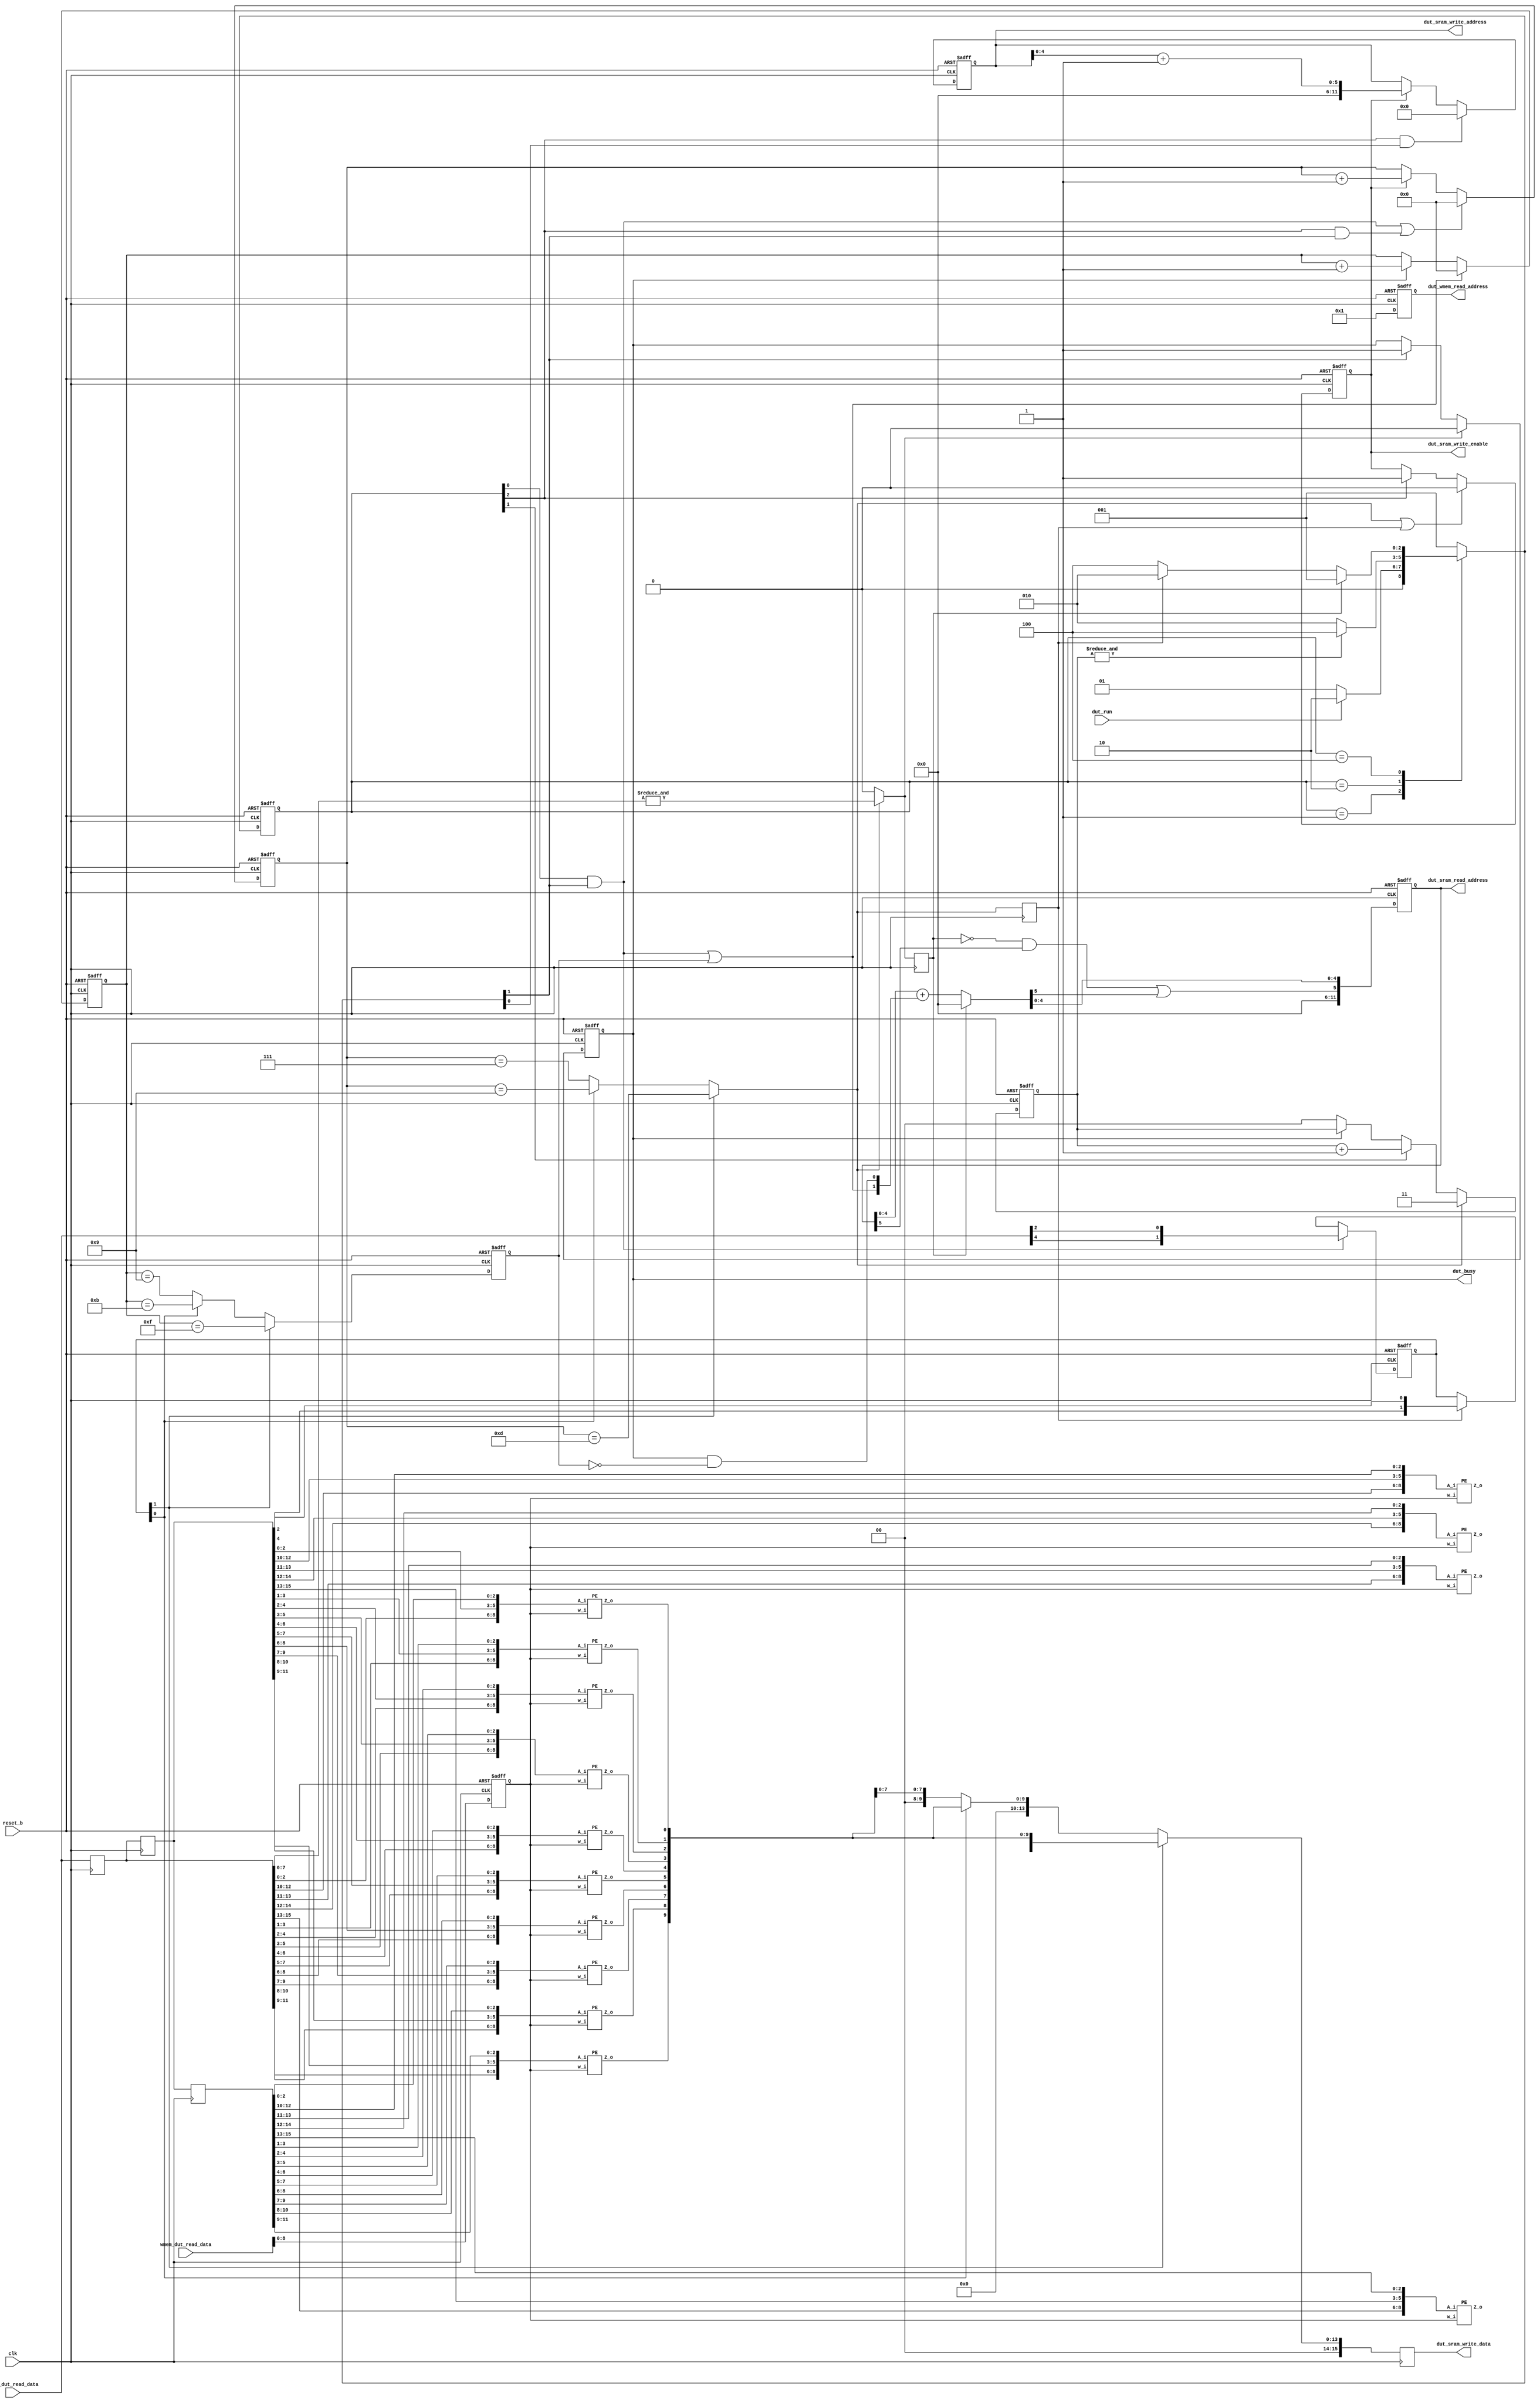

module MyDesign (
//---------------------------------------------------------------------------
//Control signals
          dut_run             ,
          dut_busy            ,
          reset_b             ,
          clk                 ,

//---------------------------------------------------------------------------
//input and output SRAM interface
          dut_sram_write_address  ,
          dut_sram_write_data     ,
          dut_sram_write_enable   ,
          dut_sram_read_address   ,
          sram_dut_read_data      ,
//---------------------------------------------------------------------------
//weights SRAM interface
          dut_wmem_read_address    ,
          wmem_dut_read_data
);

//---------------------------------------------------------------------------
//Control signals
input                 dut_run;
output  reg              dut_busy;
input                 reset_b;
input                 clk;

//---------------------------------------------------------------------------
//input and output SRAM interface
output   reg [11:0]       dut_sram_write_address;
output   reg [15:0]       dut_sram_write_data;
output   reg             dut_sram_write_enable;
output   reg [11:0]       dut_sram_read_address;
input    [15:0]       sram_dut_read_data;
//---------------------------------------------------------------------------
//weights SRAM interface
output   reg [11:0]       dut_wmem_read_address;
input    [15:0]       wmem_dut_read_data;

localparam  KERNEL_SIZE = 3;

localparam    S_IDLE = 3'b001;
localparam    S_FILL = 3'b010;
localparam    S_OUT = 3'b100;

reg [2:0] state_n;
reg [2:0] state_c;

reg [15:0] row0;
reg [15:0] row1;
reg [15:0] row2;
reg [9-1:0] weight;
reg [1:0] cnt_fill;
reg [1:0] dim; // 16: 10000,12: 01100, 10: 01010, compare index 4 and index 2
                //      10        01        00
reg [4:0] cnt_r;
reg [4:0] cnt_w;
reg flag_w;
wire flag_w_n ;
reg flag_last;
wire flag_last_n;
reg flag_r;
wire flag_r_n;
wire [1:0] read_offset;
wire [14-1:0] wdata;
wire [16-1:0] dut_sram_write_data_n;
wire [6-1:0] dut_sram_read_address_n;
wire [6-1:0] dut_sram_write_address_n;

always@(posedge clk or negedge reset_b)begin
    if(!reset_b)
        state_c<= 0;
    else
        state_c <= state_n;
end

always@(*) begin
    case(state_c)
        S_IDLE: if( dut_run ) state_n <= S_FILL;
                else state_n <= S_IDLE;
        S_FILL: if( &cnt_fill ) state_n <= S_OUT; //if(cnt_fill==2'd3)
                else state_n <= S_FILL;
        S_OUT:  if( flag_last ) state_n <= S_IDLE;
                else if( flag_w ) state_n <= S_FILL;
                else    state_n <= S_OUT;
        default: state_n <= S_IDLE;
    endcase
end
assign flag_last_n = ( flag_w_n )? (&row2[7:0]) : 1'b0; // row2 == 16'hff
always @ (posedge clk) begin
        flag_last <= flag_last_n;
end
always @ (posedge clk or negedge reset_b) begin
    if(!reset_b)
        cnt_fill <=0;
    else if( flag_w_n )
        cnt_fill <= 2'd3;
    else if(  state_c[1] )
        cnt_fill <= cnt_fill + 1;
    else if(!dut_busy)
        cnt_fill <= 0;
end
//==========================================================
// read weight
always @ (posedge clk or negedge reset_b) begin
    if(!reset_b)
        dut_wmem_read_address <= 12'd1;
    else
        dut_wmem_read_address <= 12'd1;
end
// weight == wmem_dut_read_data
always @ (posedge clk or negedge reset_b) begin
    if(!reset_b)
        weight <= 0;
    else
        weight <= wmem_dut_read_data[8:0];
end

//==========================================================
// read input

assign flag_r_n  = (dim[1])? (cnt_r==5'd15) // cnt_r == 15, max = 16
              : (dim[0])? (cnt_r==5'd11)   // cnt_r==11, max = 12 1011 1100
              :           (cnt_r==5'd09);  // cnt_r==9, max = 10
//assign flag_r_n  = (dim[1])? (cnt_r==5'd15)
//              : (dim[0])? (cnt_r==5'd11)
//              :           (cnt_r==5'd09);

always @ (posedge clk or negedge reset_b) begin
     if(!reset_b)
        flag_r <=0;
    else
        flag_r <= flag_r_n  ;
end
/*
always @ (posedge clk ) begin
    if(&cnt_fill) cnt_r <= (dim[1])? 4'd11 : (dim[0])? 4'd7 : 4'd5;
    else if(dut_busy) cnt_r <= cnt_r-1;
    else cnt_r <= 0;
end
*/
always @ (posedge clk or negedge reset_b) begin
    if(!reset_b)
        cnt_r <=0;
    else if(  (state_c[0] & state_n[1]) | flag_r ) // dut_run
        cnt_r <= 0;
    else if(dut_busy)
        cnt_r <= cnt_r +1;
end

//assign read_offset = ((state_c[0] & state_n[1]) | (flag_r))? 2'd2 :
//                     ( dut_busy )? 2'd1 :
//                         2'd0;
assign read_offset[1] = ((state_c[0] & state_n[1]) | (flag_r));
assign read_offset[0] = ( dut_busy & (!flag_r)  );

assign  dut_sram_read_address_n = (flag_last)? 0 : dut_sram_read_address[4:0] + read_offset;
always @ (posedge clk or negedge reset_b) begin
    if(!reset_b)
        dut_sram_read_address <= 0;
    else
        dut_sram_read_address <= {6'd0, !(flag_last)&dut_sram_read_address[5]|dut_sram_read_address_n[5],dut_sram_read_address_n[4:0]};
end
always@(posedge clk or negedge reset_b)begin
    if(!reset_b)
        dim <= 0;
    else if( state_c[0] & state_n[1]  )
        dim <= {sram_dut_read_data[4], sram_dut_read_data[2]};
    else if( flag_w )
        dim <= {row1[4], row1[2]};
end
always@(posedge clk)begin
        row2 <= sram_dut_read_data;                     // input register
        row1 <= row2;                                   // pipeline register 1
        row0 <= row1;                                   // pipeline register 2
        dut_sram_write_data <= dut_sram_write_data_n ;  // output register
end
//==========================================================
// write output
//assign flag_w_n = (dim[1])? cnt_w[3]&cnt_w[2]&cnt_w[0] :
//               (dim[0])?  cnt_w[3]&cnt_w[0] :
//                          &cnt_w[2:0];
assign flag_w_n = (dim[1])? (cnt_w==5'd13)
            : (dim[0])? (cnt_w==5'd9)
              :           (cnt_w==5'd7);
always @ (posedge clk) begin
    flag_w <= flag_w_n;
end
always @ (posedge clk or negedge reset_b) begin
    if(!reset_b)
        cnt_w <=0;
    else if(  (state_c[0] & state_n[1]) | (state_c[2] & state_n[1] ) ) // dut_run
        cnt_w <= 0;
    else if( dut_sram_write_enable )
        cnt_w <= cnt_w +1;
end

always @ (posedge clk or negedge reset_b) begin
    if(!reset_b)
        dut_sram_write_enable <= 0;
    else if( flag_w_n | flag_w )
            dut_sram_write_enable <= 0;
    else if( state_c[2])
        dut_sram_write_enable <= 1;
end

assign dut_sram_write_address_n = dut_sram_write_address[4:0] + 1;
always @ (posedge clk or negedge reset_b) begin
    if(!reset_b)
        dut_sram_write_address <= 0;
    else if(state_c[2] & state_n[0])
        dut_sram_write_address <= 0;
    else if(dut_sram_write_enable)
        //dut_sram_write_address <= {6'd0, dut_sram_write_address_n[5] |dut_sram_write_address[5], dut_sram_write_address_n[4:0] };
        dut_sram_write_address <= {6'd0,dut_sram_write_address_n};
end
assign dut_sram_write_data_n =  (dim[1])? { 2'd0, wdata[14-1:0] }
                              : (dim[0])? { 6'd0, wdata[10-1:0] }
                              :           { 8'd0, wdata[8-1:0] };
genvar i;
wire [13:0] ans;
generate
    for(i=0;i<14;i=i+1)begin : pe
        PE inst( .w_i(weight), .A_i({ row2[i+2:i], row1[i+2:i], row0[i+2:i] }), .Z_o(wdata[i]) ); //, .ans(ans[i]) );
        //always @ (posedge clk) begin
        //        if(ans[i]!=wdata[i]) begin
        //            $display("xnor: %b, wdata[i]=%b, ans=%b",~(weight^{ row2[i+2:i], row1[i+2:i], row0[i+2:i] }),wdata[i],ans[i]);
        //            $finish;
        //        end
        //end
    end
endgenerate

// output busy signal
always @ (posedge clk or negedge reset_b) begin
    if(!reset_b)
        dut_busy <= 0;
    else if(flag_last_n)
        dut_busy <=0;
    else if(state_n[1])
        dut_busy <= 1;
end
endmodule

module PE(
    input [8:0] w_i,
    input [8:0] A_i,
    //output ans,
    output Z_o
);
wire [8:0] conv;
assign conv = ~(w_i^A_i);

//wire [3:0] sum; // max sum = 9 = 1001 > 4
//assign sum = conv[0] + conv[1] + conv[2] + conv[3] + conv[4] + conv[5] + conv[6] + conv[7] + conv[8];
// 0101 0110 0111 1000 1001
// sum[3] | (sum[2]&(sum[1]|sum[0]))
//assign ans = ( sum[3] | (sum[2]&(sum[1]|sum[0]) ) )? 1'b1 : 1'b0;

wire [1:0] sum1;
wire [1:0] sum2;
wire [1:0] sum3;
assign sum1 = conv[0]+conv[1]+conv[2];
assign sum2 = conv[3]+conv[4]+conv[5];
assign sum3 = conv[6]+conv[7]+conv[8];
// assume minimum of each sum
// 2,2,1|2  2,1|2,2  1|2,2,2
//3,1,1  1,3,1   1,1,3
// 3,2,?  2,3,? 3,?,2  2,?,3 ?,3,2  ?,2,3
/*
assign Z_o = (sum1[1]&sum2[1] & (sum3[1]|sum3[0])) | (sum1[1]& (sum2[1]|sum2[0]) &sum3[1]) | ((sum1[1]|sum1[0]) &sum2[1]&sum3[1]) |
        (sum1[1]&sum1[0] & sum2[0] & sum3[0]) | (sum1[0] & sum2[1]&sum2[0] & sum3[0]) | (sum1[0] & sum2[0] & sum3[1]&sum3[0]) |
        (sum1[1]&sum1[0] & sum2[1]) | (sum1[1] & sum2[1]&sum2[0]) |
        (sum1[1]&sum1[0] & sum3[1]) | (sum1[1] & sum3[1]&sum3[0]) |
        (sum2[1]&sum2[0] & sum3[1]) | (sum2[1] & sum3[1]&sum3[0]);
*/
assign Z_o = ( (sum1[1]|sum2[1]|sum3[1]) &sum1[0] & sum2[0] & sum3[0]) |
        (sum1[1]&sum2[1] & ((sum1[0]|sum2[0]|sum3[1]|sum3[0])) ) |
        (sum1[1]&sum3[1] & ((sum1[0]|sum3[0]|sum2[1]|sum2[0])) ) |
        (sum2[1]&sum3[1] & ((sum2[0]|sum3[0]|sum1[1]|sum1[0])) );

endmodule